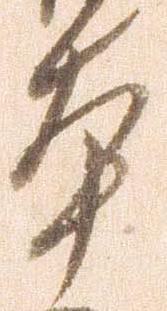
本